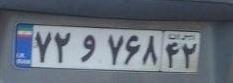
۷۲و۷۶۸۴۲